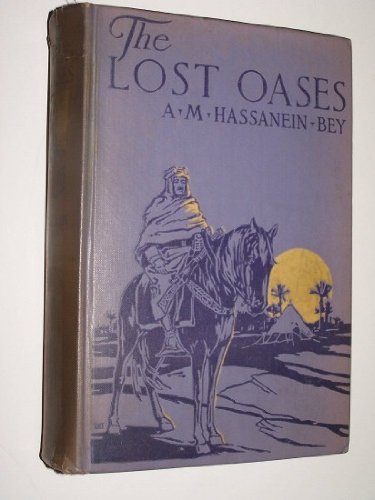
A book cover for The lost oases: Being a narrative account of the author's explorations into the more remote parts of the Libyan Desert and his rediscovery of two lost oases,; Ahmed Mohammed Hassanein Bey; Travel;